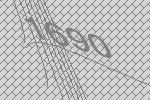
1690